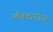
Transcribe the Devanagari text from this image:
ग्लैक्टागोज